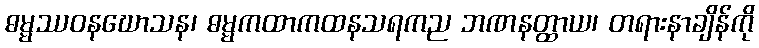
ဓမ္မဿဝနဃောသန၊ ဓမ္မကထာကထနသရကည ဘဏနတ္ထာယ၊ တရားနာချိန်ကို